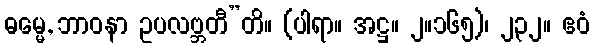
ဓမ္မေ, ဘာဝနာ ဥပလဗ္ဘတီ”တိ။ (ပါရာ။ အဋ္ဌ။ ၂။၁၆၅)၊ ၂၃၂။ ဧဝံ